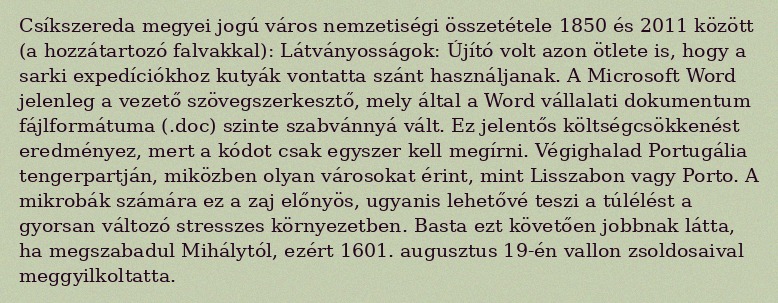
Csíkszereda megyei jogú város nemzetiségi összetétele 1850 és 2011 között (a hozzátartozó falvakkal): Látványosságok: Újító volt azon ötlete is, hogy a sarki expedíciókhoz kutyák vontatta szánt használjanak. A Microsoft Word jelenleg a vezető szövegszerkesztő, mely által a Word vállalati dokumentum fájlformátuma (.doc) szinte szabvánnyá vált. Ez jelentős költségcsökkenést eredményez, mert a kódot csak egyszer kell megírni. Végighalad Portugália tengerpartján, miközben olyan városokat érint, mint Lisszabon vagy Porto. A mikrobák számára ez a zaj előnyös, ugyanis lehetővé teszi a túlélést a gyorsan változó stresszes környezetben. Basta ezt követően jobbnak látta, ha megszabadul Mihálytól, ezért 1601. augusztus 19-én vallon zsoldosaival meggyilkoltatta.